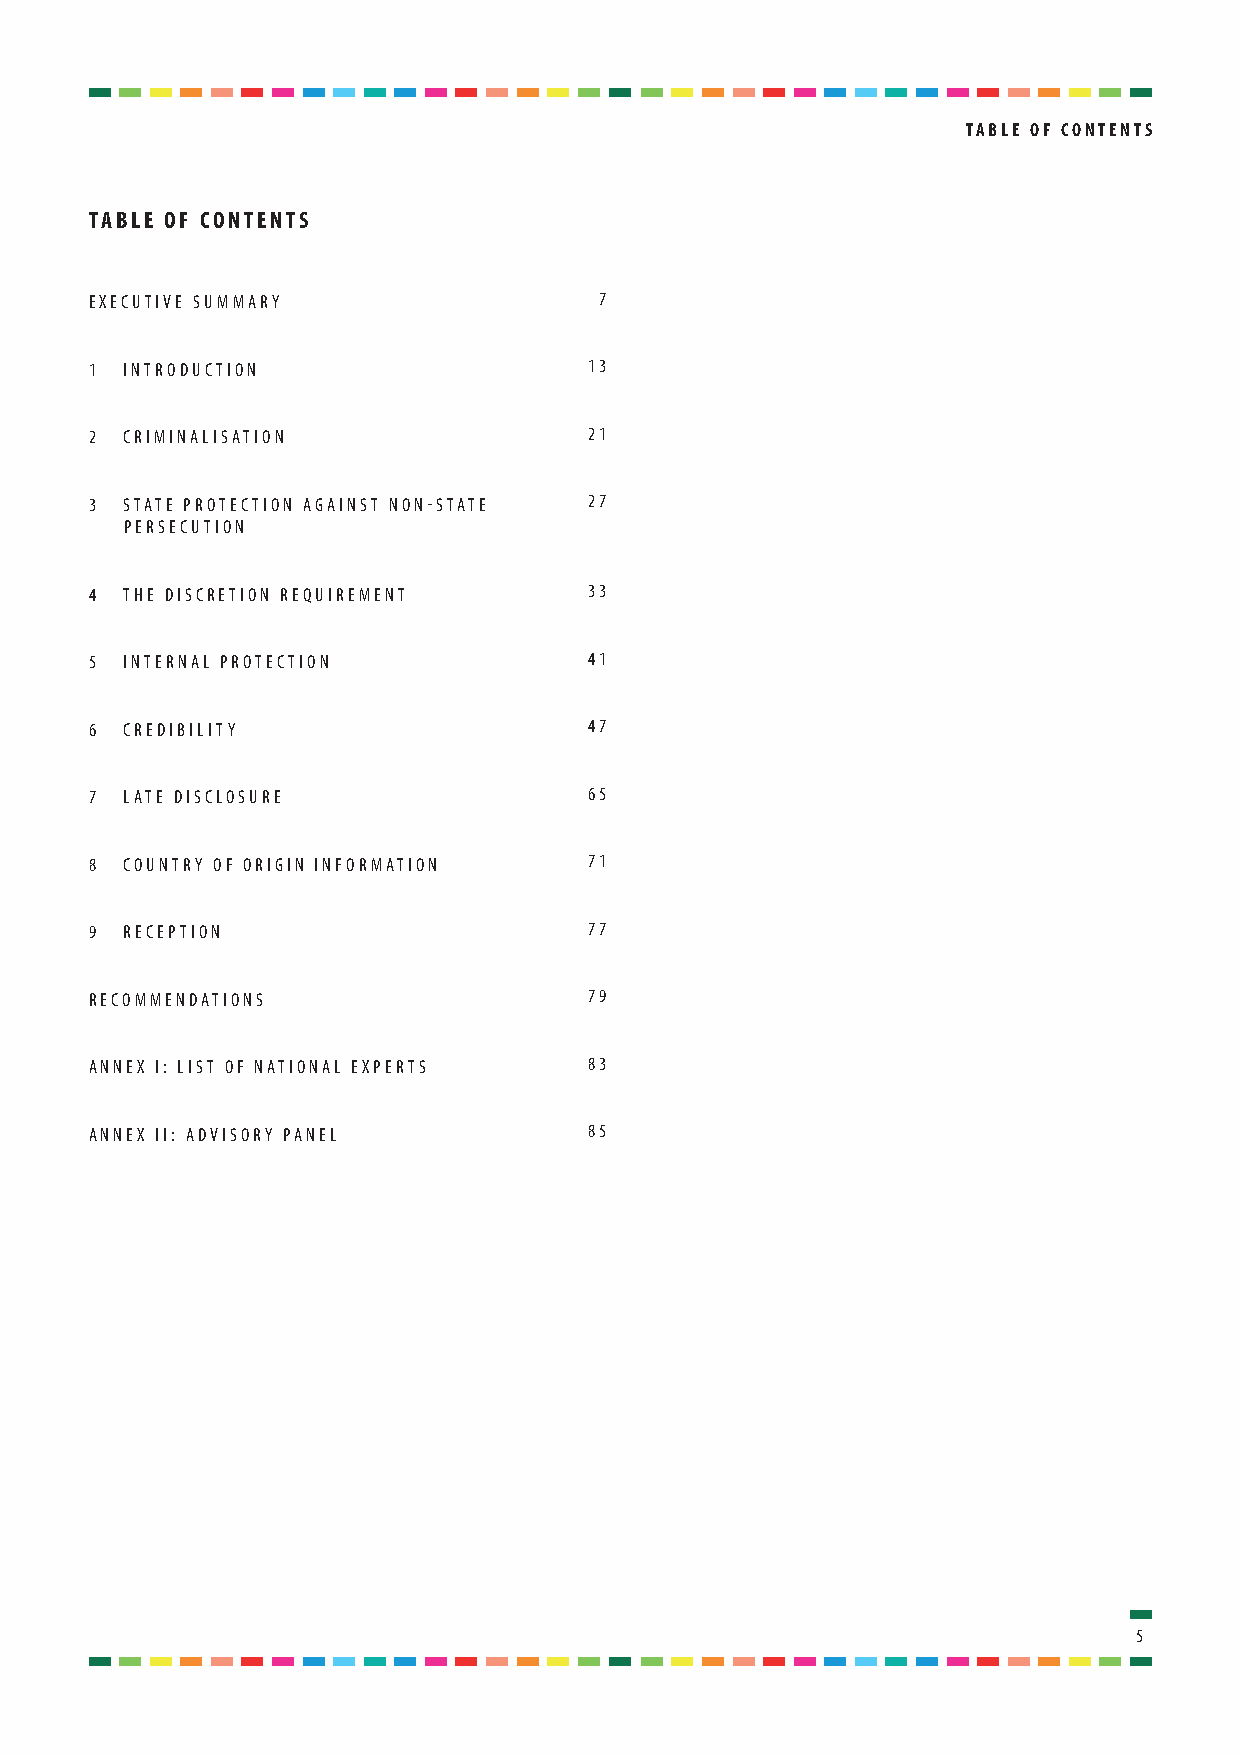
taBlE of contEntS
 taBlE of contEntS
 EXECUTIVE SUMMARY                 7
 1 INTRODUCTION                   13
 2 CRIMINALISATION                21
 3 S TATE PROTECTION AGAINST NON-STATE 27
 PERSECUTION
 4 THE DISCRETION REQUIREMENT     33
 5 INTERNAL PROTECTION            41
 6 CREDIBILITY                    47
 7 LATE DISCLOSURE                65
 8 COUNTRY OF ORIGIN INFORMATION  71
 9 RECEPTION                      77
 RECOMMENDATIONS                  79
 ANNEX I: LIST OF NATIONAL EXPERTS 83
 ANNEX II: ADVISORY PANEL         85
 5